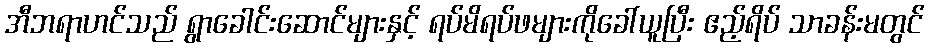
အီဘရာဟင်သည် ရွာခေါင်းဆောင်များနှင့် ရပ်မိရပ်ဖများကိုခေါ်ယူပြီး ဧည့်ရိပ် သာခန်းမတွင်